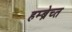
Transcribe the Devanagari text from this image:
हम्ब्रेच्त